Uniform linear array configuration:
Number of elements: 4
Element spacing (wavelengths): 0.25
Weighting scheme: uniform
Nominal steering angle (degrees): -60
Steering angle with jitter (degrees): -61.832
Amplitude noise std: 0.05
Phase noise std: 0.05

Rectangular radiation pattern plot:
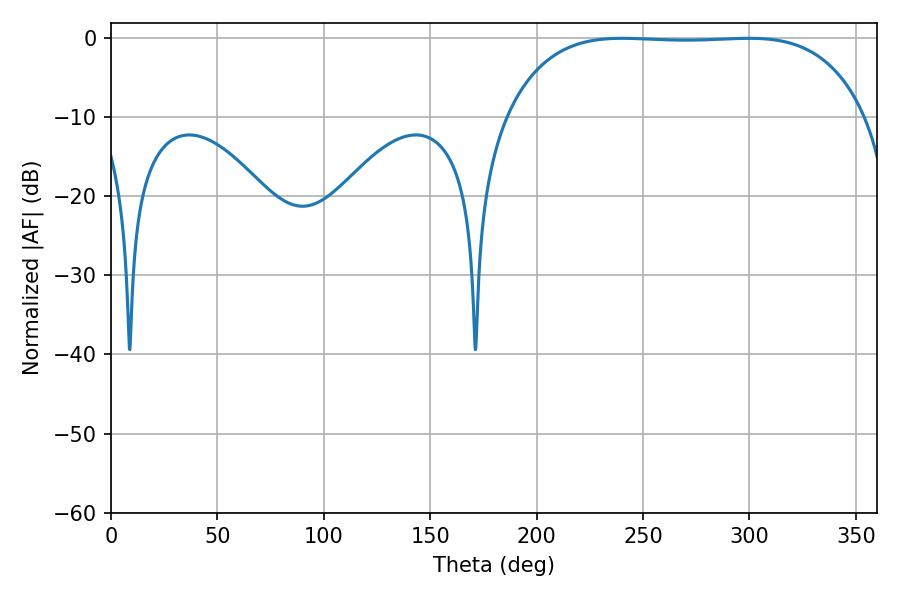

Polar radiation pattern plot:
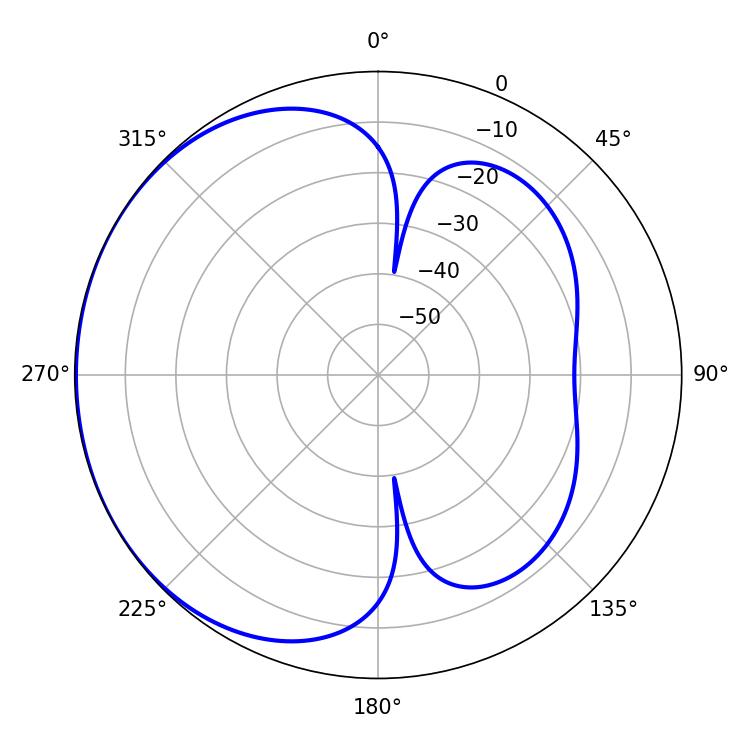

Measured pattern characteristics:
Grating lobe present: FALSE
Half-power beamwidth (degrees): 131.76
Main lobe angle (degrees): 240.3